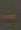
-